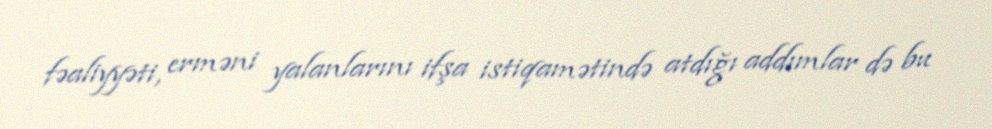
fəaliyyəti, erməni yalanlarını ifşa istiqamətində atdığı addımlar də bu